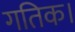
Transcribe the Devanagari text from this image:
गतिक।